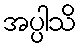
အပ္ပါသိ